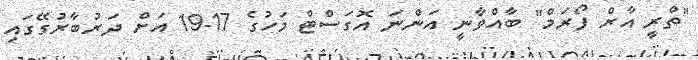
"ތްރީ އާރް ފޯރަމް" ބާއްވާނީ އަންނަ އޮގަސްޓް މަހުގެ 17-19 އަށް ދަރުބާރުގޭގައި